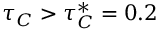
\tau _ { C } > \tau _ { C } ^ { * } = 0 . 2